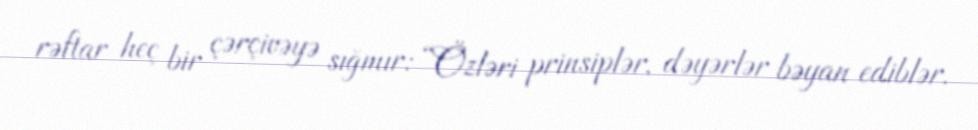
rəftar heç bir çərçivəyə sığmır: “Özləri prinsiplər, dəyərlər bəyan ediblər.